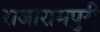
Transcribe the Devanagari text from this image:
राजारामपुरी